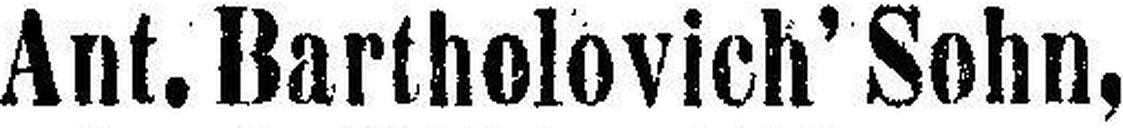
Ant.Bartholovich'Sohn,